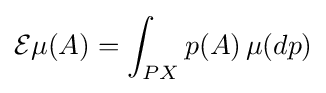
{\mathcal {E}}\mu (A)=\int _{PX}p(A)\,\mu (dp)